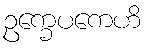
ဥက္ခေပကေဟိ